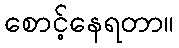
စောင့်နေရတာ။